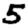
Digit: 5